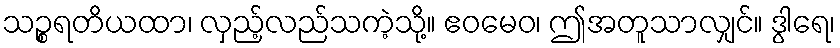
သဉ္စရတိယထာ၊ လှည့်လည်သကဲ့သို့။ ဧဝမေဝ၊ ဤအတူသာလျှင်။ ဒွါရေ၊